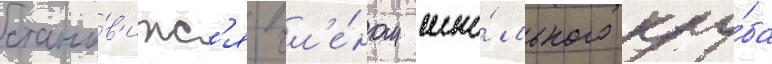
стано́в'итс'я чл'е́ном шко́льного клу́ба